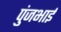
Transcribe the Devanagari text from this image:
पुंजभाई